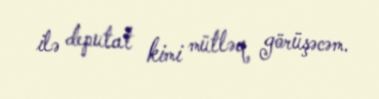
ilə deputat kimi mütləq görüşəcəm.